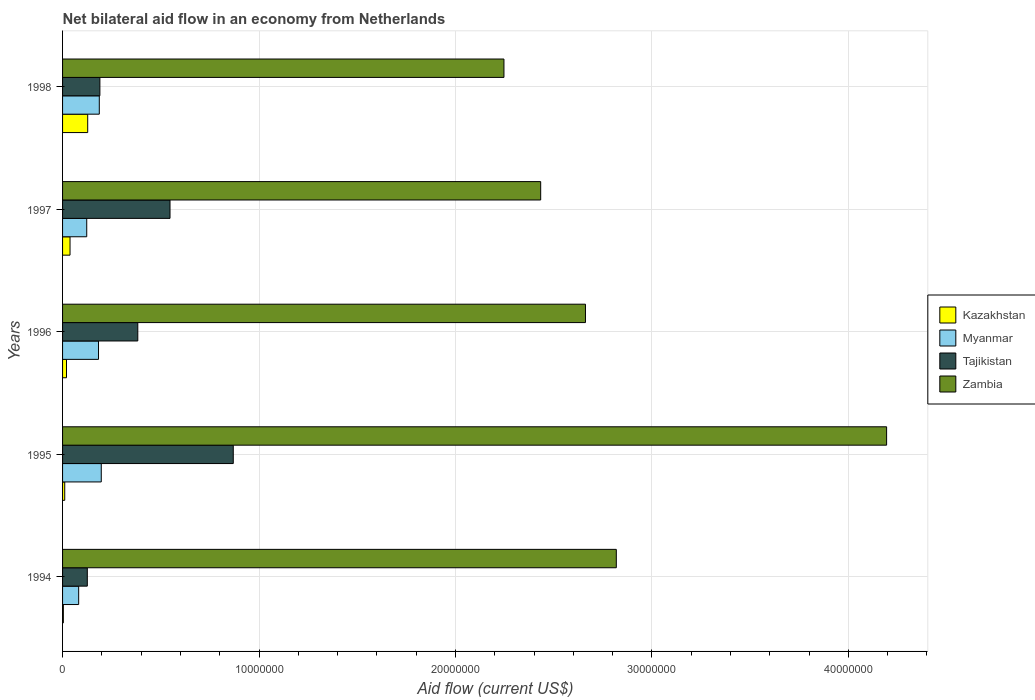
| Years | Kazakhstan | Myanmar | Tajikistan | Zambia |
 | --- | --- | --- | --- | --- |
 | 1994 | 4e+04 | 8.2e+05 | 1.26e+06 | 2.82e+07 |
 | 1995 | 1.1e+05 | 1.97e+06 | 8.69e+06 | 4.2e+07 |
 | 1996 | 2e+05 | 1.83e+06 | 3.83e+06 | 2.66e+07 |
 | 1997 | 3.8e+05 | 1.23e+06 | 5.47e+06 | 2.43e+07 |
 | 1998 | 1.28e+06 | 1.87e+06 | 1.9e+06 | 2.25e+07 |